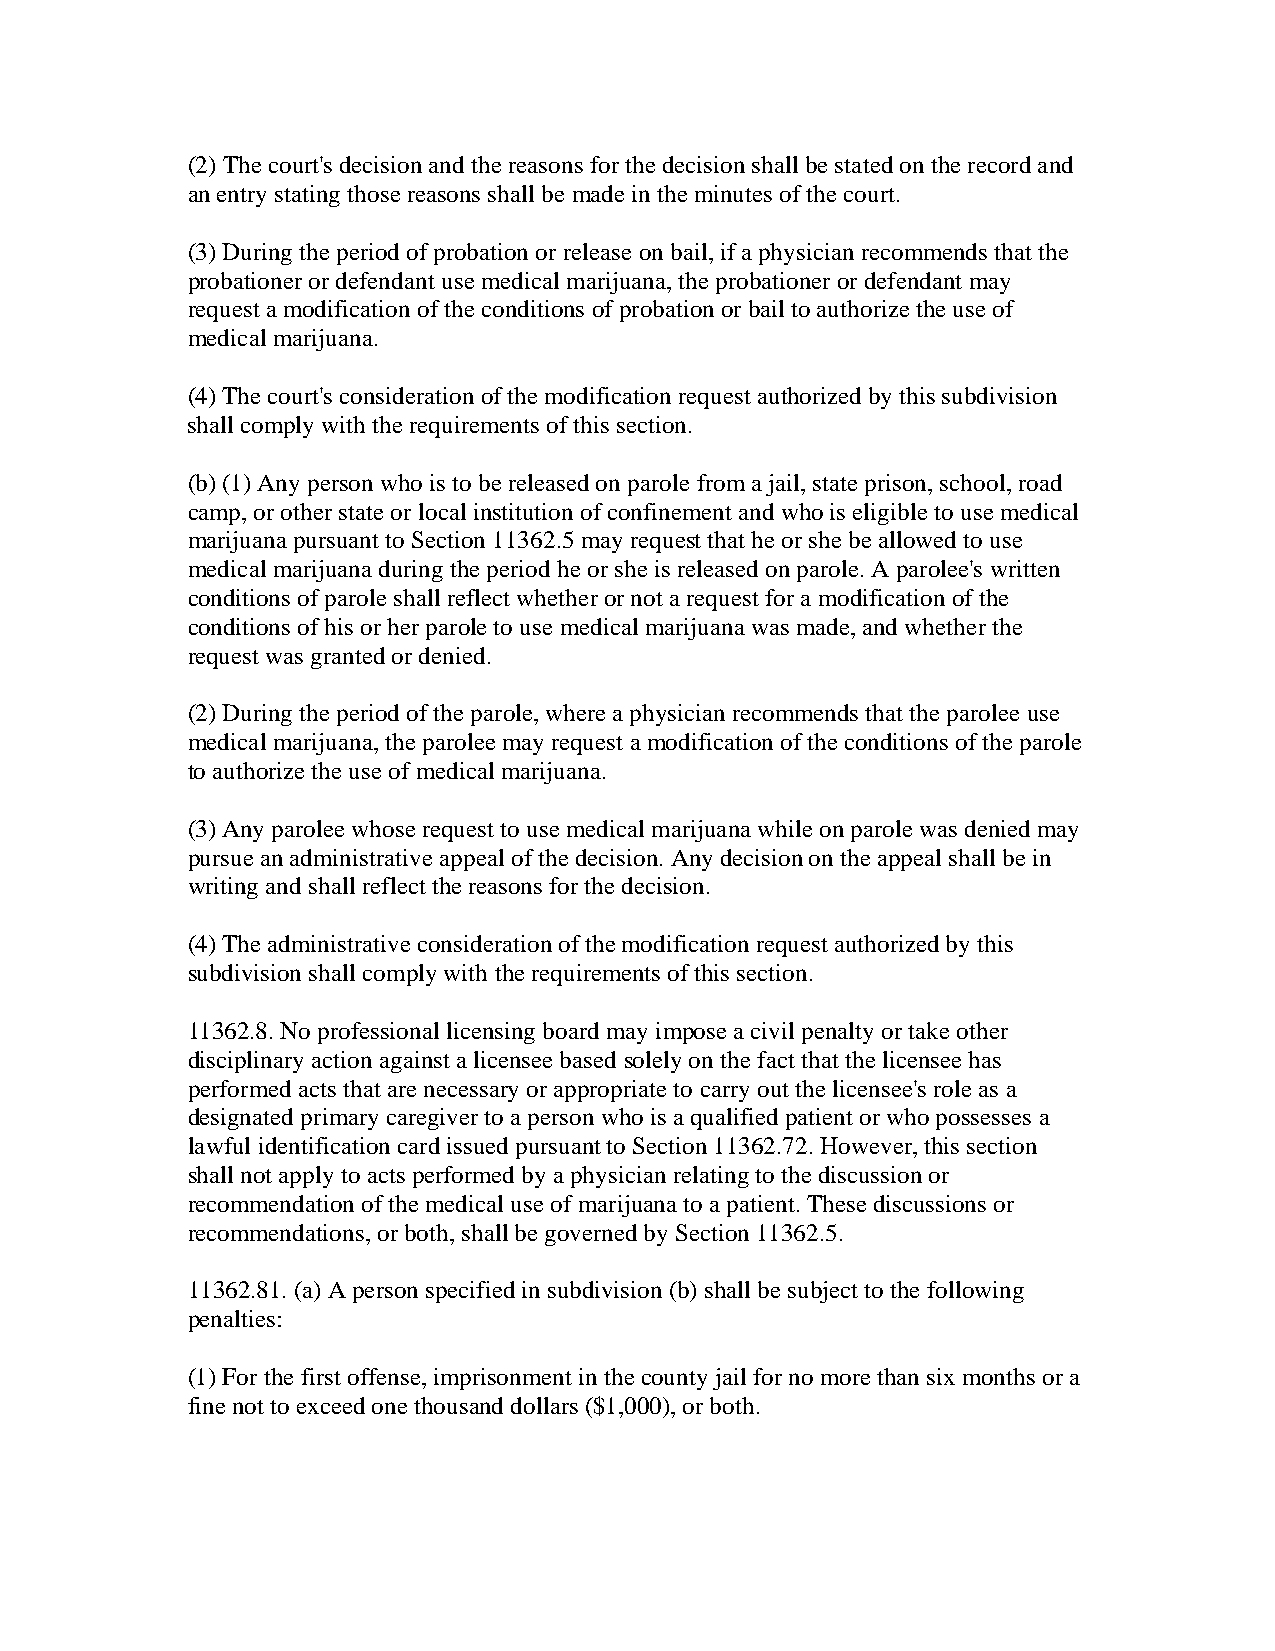
(2) The court's decision and the reasons for the decision shall be stated on the record and
 an entry stating those reasons shall be made in the minutes of the court.
 (3) During the period of probation or release on bail, if a physician recommends that the
 probationer or defendant use medical marijuana, the probationer or defendant may
 request a modification of the conditions of probation or bail to authorize the use of
 medical marijuana.
 (4) The court's consideration of the modification request authorized by this subdivision
 shall comply with the requirements of this section.
 (b) (1) Any person who is to be released on parole from a jail, state prison, school, road
 camp, or other state or local institution of confinement and who is eligible to use medical
 marijuana pursuant to Section 11362.5 may request that he or she be allowed to use
 medical marijuana during the period he or she is released on parole. A parolee's written
 conditions of parole shall reflect whether or not a request for a modification of the
 conditions of his or her parole to use medical marijuana was made, and whether the
 request was granted or denied.
 (2) During the period of the parole, where a physician recommends that the parolee use
 medical marijuana, the parolee may request a modification of the conditions of the parole
 to authorize the use of medical marijuana.
 (3) Any parolee whose request to use medical marijuana while on parole was denied may
 pursue an administrative appeal of the decision. Any decision on the appeal shall be in
 writing and shall reflect the reasons for the decision.
 (4) The administrative consideration of the modification request authorized by this
 subdivision shall comply with the requirements of this section.
 11362.8. No professional licensing board may impose a civil penalty or take other
 disciplinary action against a licensee based solely on the fact that the licensee has
 performed acts that are necessary or appropriate to carry out the licensee's role as a
 designated primary caregiver to a person who is a qualified patient or who possesses a
 lawful identification card issued pursuant to Section 11362.72. However, this section
 shall not apply to acts performed by a physician relating to the discussion or
 recommendation of the medical use of marijuana to a patient. These discussions or
 recommendations, or both, shall be governed by Section 11362.5.
 11362.81. (a) A person specified in subdivision (b) shall be subject to the following
 penalties:
 (1) For the first offense, imprisonment in the county jail for no more than six months or a
 fine not to exceed one thousand dollars ($1,000), or both.